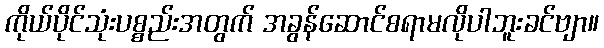
ကိုယ်ပိုင်သုံးပစ္စည်းအတွက် အခွန်ဆောင်စရာမလိုပါဘူးခင်ဗျာ။